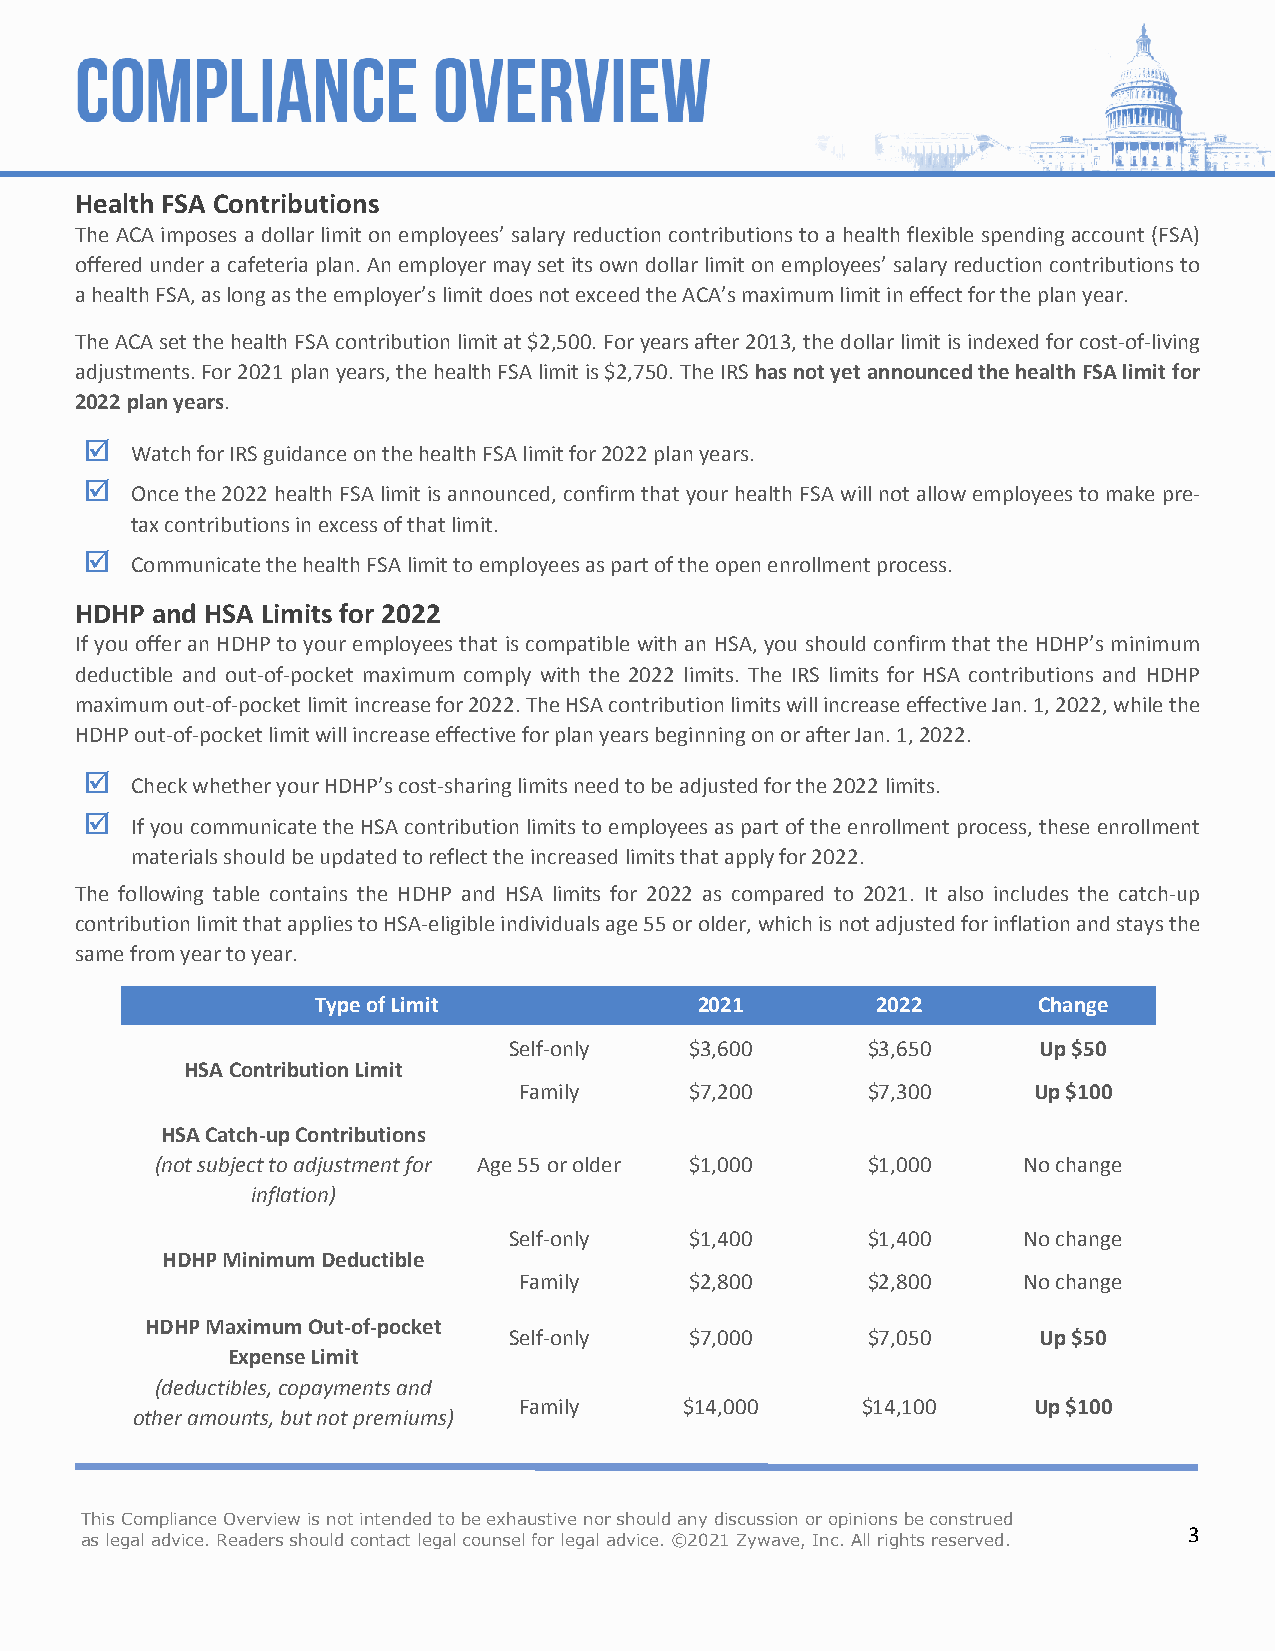
Health FSA Contributions
 The ACA imposes a dollar limit on employees’ salary reduction contributions to a health flexible spending account (FSA)
 offered under a cafeteria plan. An employer may set its own dollar limit on employees’ salary reduction contributions to
 a health FSA, as long as the employer’s limit does not exceed the ACA’s maximum limit in effect for the plan year.
 The ACA set the health FSA contribution limit at $2,500. For years after 2013, the dollar limit is indexed for cost-of-living
 adjustments. For 2021 plan years, the health FSA limit is $2,750. The IRS has not yet announced the health FSA limit for
 2022 plan years.
 
 Watch for IRS guidance on the health FSA limit for 2022 plan years.
 
 Once the 2022 health FSA limit is announced, confirm that your health FSA will not allow employees to make pre-
 tax contributions in excess of that limit.
 
 Communicate the health FSA limit to employees as part of the open enrollment process.
 HDHP and HSA Limits for 2022
 If you offer an HDHP to your employees that is compatible with an HSA, you should confirm that the HDHP’s minimum
 deductible and out-of-pocket maximum comply with the 2022 limits. The IRS limits for HSA contributions and HDHP
 maximum out-of-pocket limit increase for 2022. The HSA contribution limits will increase effective Jan. 1, 2022, while the
 HDHP out-of-pocket limit will increase effective for plan years beginning on or after Jan. 1, 2022.
 
 Check whether your HDHP’s cost-sharing limits need to be adjusted for the 2022 limits.
 
 If you communicate the HSA contribution limits to employees as part of the enrollment process, these enrollment
 materials should be updated to reflect the increased limits that apply for 2022.
 The following table contains the HDHP and HSA limits for 2022 as compared to 2021. It also includes the catch-up
 contribution limit that applies to HSA-eligible individuals age 55 or older, which is not adjusted for inflation and stays the
 same from year to year.
 Type of Limit            2021        2022       Change
 Self-only   $3,600     $3,650      Up $50
 HSA Contribution Limit
 Family      $7,200     $7,300     Up $100
 HSA Catch-up Contributions
 (not subject to adjustment for Age 55 or older $1,000 $1,000 No change
 inflation)
 Self-only   $1,400     $1,400     No change
 HDHP Minimum Deductible
 Family      $2,800     $2,800     No change
 HDHP Maximum Out-of-pocket
 Self-only   $7,000     $7,050      Up $50
 Expense Limit
 (deductibles, copayments and
 Family     $14,000     $14,100    Up $100
 other amounts, but not premiums)
 This Compliance Overview is not intended to be exhaustive nor should any discussion or opinions be construed
 3
 as legal advice. Readers should contact legal counsel for legal advice. ©2021 Zywave, Inc. All rights reserved.